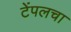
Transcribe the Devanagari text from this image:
टेंपलचा